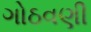
ગોઠવણી